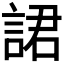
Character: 𧨡